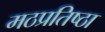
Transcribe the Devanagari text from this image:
मठप्रतिष्ठा